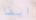
ايفا